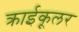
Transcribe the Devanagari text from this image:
क्राईकूलर